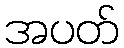
အပတ်